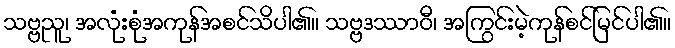
သဗ္ဗညူ၊ အလုံးစုံအကုန်အစင်သိပါ၏။ သဗ္ဗဒဿာဝီ၊ အကြွင်းမဲ့ကုန်စင်မြင်ပါ၏။